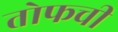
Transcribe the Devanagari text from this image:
तोफची